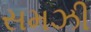
સમઝી